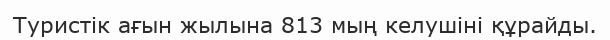
Туристік ағын жылына 813 мың келушіні құрайды.